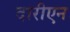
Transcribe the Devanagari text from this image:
दारीएन